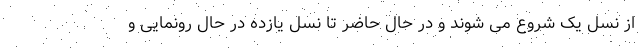
از نسل یک شروع می شوند و در حال حاضر تا نسل یازده در حال رونمایی و